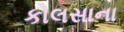
કોલસાના